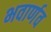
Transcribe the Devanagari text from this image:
भवार्णव